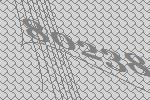
80238